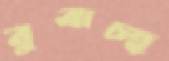
বুঝচ্ছ